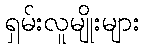
ရှမ်းလူမျိုးများ